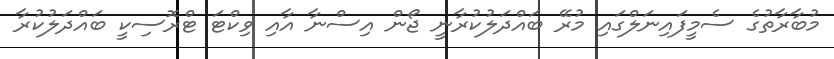
މުބާރާތުގެ ސެމީފައިނަލްގައި މުރޭ ބައްދަލުކުރާނީ ޖޯން އިސްނާ އާއި ވިކްޓަ ޓްރޮސިކީ ބައްދަލުކުރާ